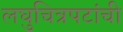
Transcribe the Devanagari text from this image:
लघुचित्रपटांची